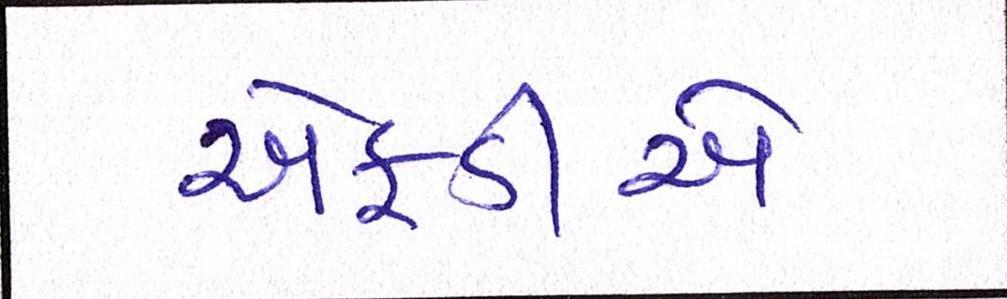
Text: એફડીએ